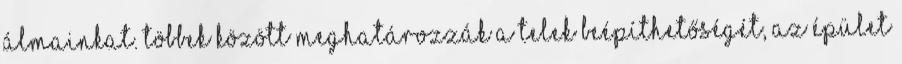
álmainkat. Többek között meghatározzák a telek beépíthetőségét, az épület